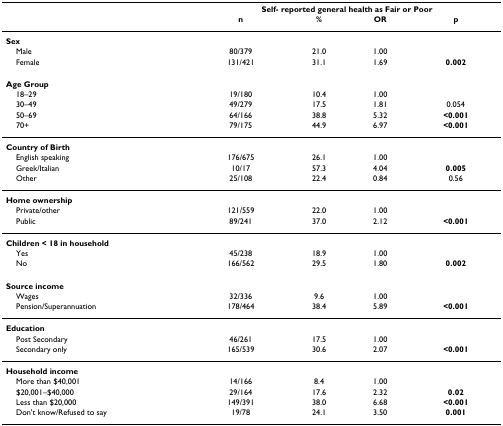
<table><thead><tr><td></td><td colspan="4"><b>Self- reported general health as Fair or Poor</b></td></tr><tr><td></td><td><b>n</b></td><td><b>%</b></td><td><b>OR</b></td><td><b>p</b></td></tr></thead><tbody><tr><td><b>Sex</b></td><td></td><td></td><td></td><td></td></tr><tr><td> Male</td><td>80/379</td><td>21.0</td><td>1.00</td><td></td></tr><tr><td> Female</td><td>131/421</td><td>31.1</td><td>1.69</td><td><b>0.002</b></td></tr><tr><td><b>Age Group</b></td><td></td><td></td><td></td><td></td></tr><tr><td> 18–29</td><td>19/180</td><td>10.4</td><td>1.00</td><td></td></tr><tr><td> 30–49</td><td>49/279</td><td>17.5</td><td>1.81</td><td>0.054</td></tr><tr><td> 50–69</td><td>64/166</td><td>38.8</td><td>5.32</td><td><b>&lt;0.001</b></td></tr><tr><td> 70+</td><td>79/175</td><td>44.9</td><td>6.97</td><td><b>&lt;0.001</b></td></tr><tr><td><b>Country of Birth</b></td><td></td><td></td><td></td><td></td></tr><tr><td> English speaking</td><td>176/675</td><td>26.1</td><td>1.00</td><td></td></tr><tr><td> Greek/Italian</td><td>10/17</td><td>57.3</td><td>4.04</td><td><b>0.005</b></td></tr><tr><td> Other</td><td>25/108</td><td>22.4</td><td>0.84</td><td>0.56</td></tr><tr><td><b>Home ownership</b></td><td></td><td></td><td></td><td></td></tr><tr><td> Private/other</td><td>121/559</td><td>22.0</td><td>1.00</td><td></td></tr><tr><td> Public</td><td>89/241</td><td>37.0</td><td>2.12</td><td><b>&lt;0.001</b></td></tr><tr><td><b>Children &lt; 18 in household</b></td><td></td><td></td><td></td><td></td></tr><tr><td> Yes</td><td>45/238</td><td>18.9</td><td>1.00</td><td></td></tr><tr><td> No</td><td>166/562</td><td>29.5</td><td>1.80</td><td><b>0.002</b></td></tr><tr><td><b>Source income</b></td><td></td><td></td><td></td><td></td></tr><tr><td> Wages</td><td>32/336</td><td>9.6</td><td>1.00</td><td></td></tr><tr><td> Pension/Superannuation</td><td>178/464</td><td>38.4</td><td>5.89</td><td><b>&lt;0.001</b></td></tr><tr><td><b>Education</b></td><td></td><td></td><td></td><td></td></tr><tr><td> Post Secondary</td><td>46/261</td><td>17.5</td><td>1.00</td><td></td></tr><tr><td> Secondary only</td><td>165/539</td><td>30.6</td><td>2.07</td><td><b>&lt;0.001</b></td></tr><tr><td><b>Household income</b></td><td></td><td></td><td></td><td></td></tr><tr><td> More than $40,001</td><td>14/166</td><td>8.4</td><td>1.00</td><td></td></tr><tr><td> $20,001–$40,000</td><td>29/164</td><td>17.6</td><td>2.32</td><td><b>0.02</b></td></tr><tr><td> Less than $20,000</td><td>149/391</td><td>38.0</td><td>6.68</td><td><b>&lt;0.001</b></td></tr><tr><td> Don&#x27;t know/Refused to say</td><td>19/78</td><td>24.1</td><td>3.50</td><td><b>0.001</b></td></tr></tbody></table>